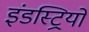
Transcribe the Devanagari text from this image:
इंडस्ट्रियों